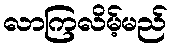
လာကြလိမ့်မည်